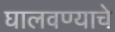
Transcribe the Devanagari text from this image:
घालवण्याचे